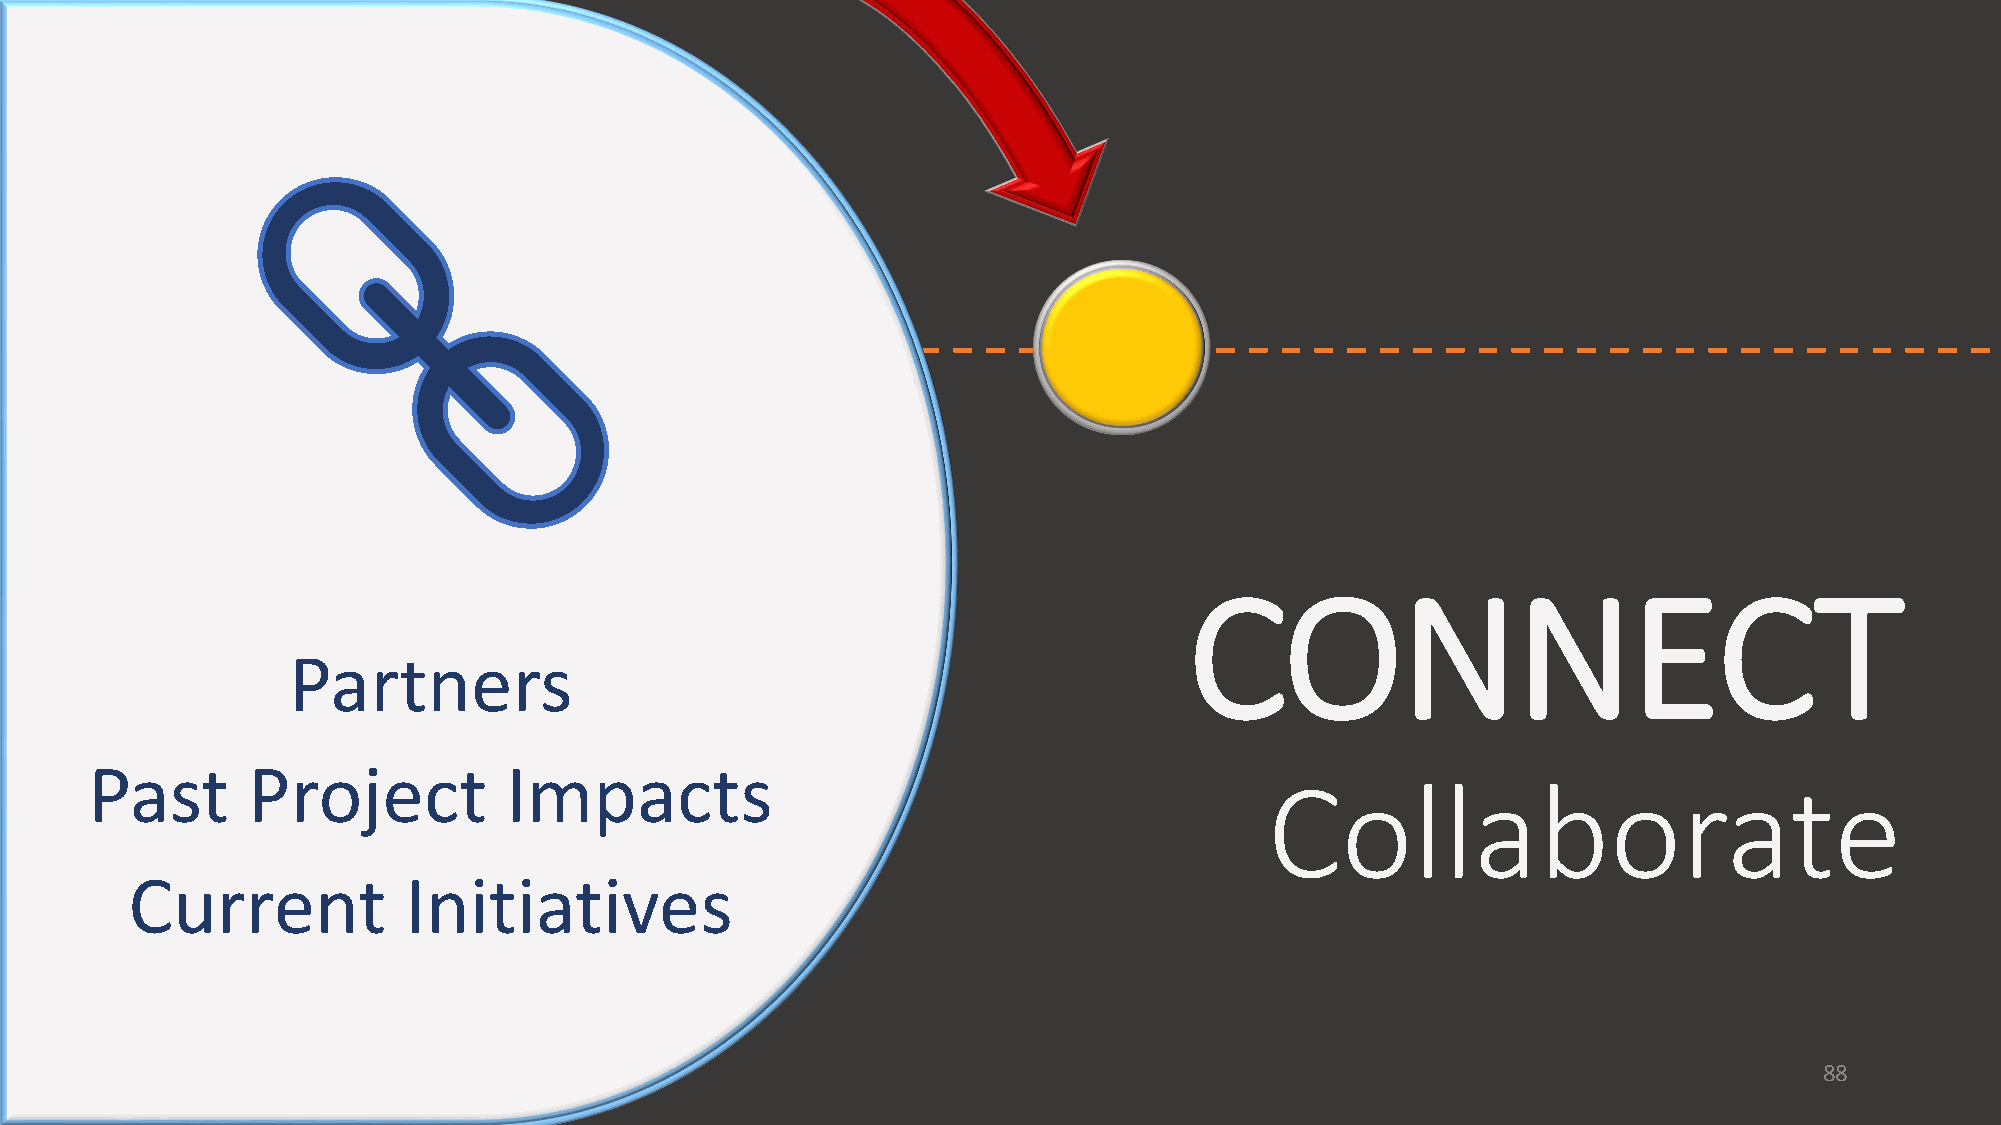
CONNECT
 Partners
 Past      Project          Impacts
 Collaborate
 Current           Initiatives
 88